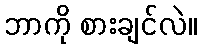
ဘာကို စားချင်လဲ။